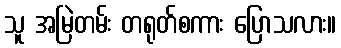
သူ အမြဲတမ်း တရုတ်စကား ပြောသလား။